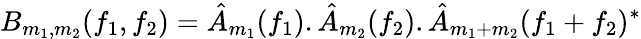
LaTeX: B_{m_{1},m_{2}}(f_{1},f_{2})=\hat{A}_{m_{1}}(f_{1}).\hat{A}_{m_{2}}(f_{2}).\hat{A}_{m_{1}+m_{2}}(f_{1}+f_{2})^{*}